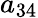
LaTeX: a_{34}